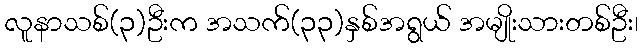
လူနာသစ်(၃)ဦးက အသက်(၃၃)နှစ်အရွယ် အမျိုးသားတစ်ဦး၊